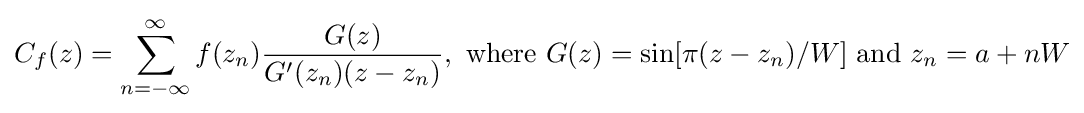
C_{f}(z)=\sum _{n=-\infty }^{\infty }f(z_{n}){\frac {G(z)}{G'(z_{n})(z-z_{n})}},{\text{ where }}G(z)=\sin[\pi (z-z_{n})/W]{\text{ and }}z_{n}=a+nW